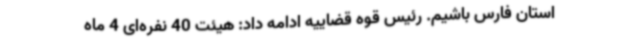
استان فارس باشیم. رئیس قوه قضاییه ادامه داد: هیئت 40 نفره‌ای 4 ماه